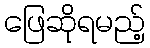
ဖြေဆိုရမည့်